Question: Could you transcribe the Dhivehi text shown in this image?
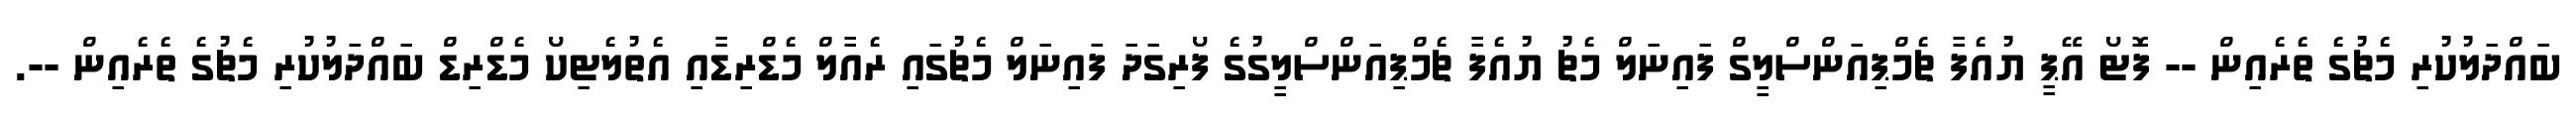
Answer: ބައްދަލުކުރި މެޗުގެ ތެރެއިން -- ފޮޓޯ އޭޕީ ޔުއެފާ ޗެމްޕިއަންސްލީގް ފައިނަލް މެޗު ޔުއެފާ ޗެމްޕިއަންސްލީގުގެ ފޯރިގަދަ ފައިނަލް މެޗުގައި ރެއާލް މެޑްރިޑާއި އެތުލެޓިކޯ މެޑްރިޑް ބައްދަލުކުރި މެޗުގެ ތެރެއިން --.